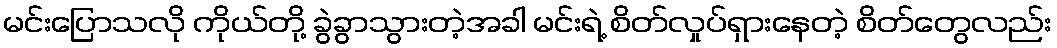
မင်းပြောသလို ကိုယ်တို့ ခွဲခွာသွားတဲ့အခါ မင်းရဲ့ စိတ်လှုပ်ရှားနေတဲ့ စိတ်တွေလည်း